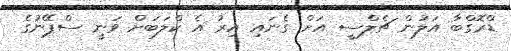
ޑްރޮގްބާ އަލުން ޗެލްސީ އަށް ގެނައި އިރު އެ ކްލަބަށް ވަނީ ސްޕޭނުގެ